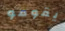
يقومو